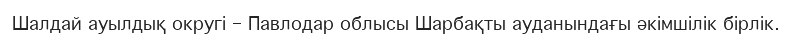
Шалдай ауылдық округі – Павлодар облысы Шарбақты ауданындағы әкімшілік бірлік.